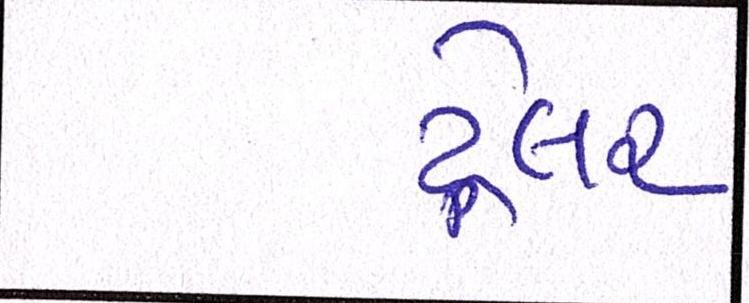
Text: ટ્રેલર